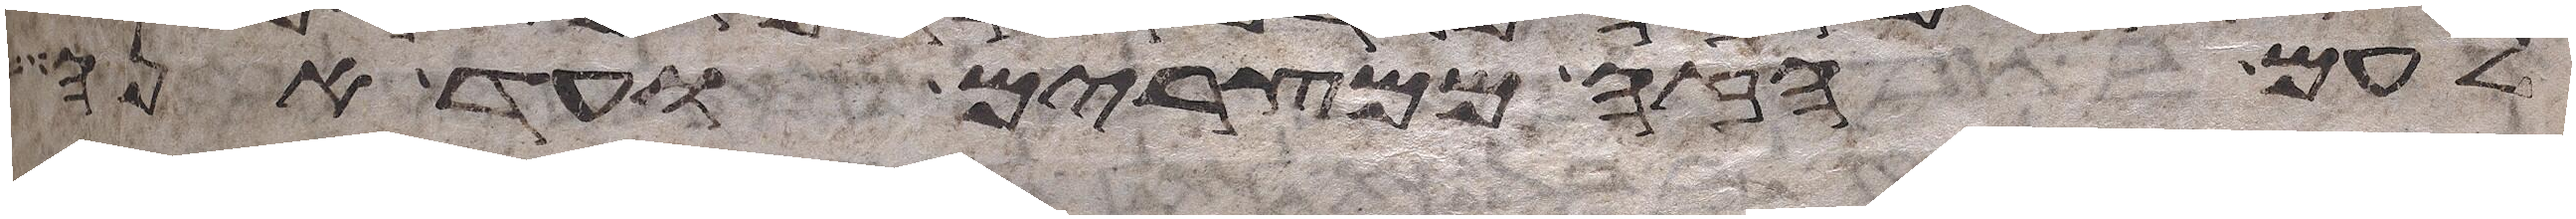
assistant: לעם הזה ממצרים ועד הנה